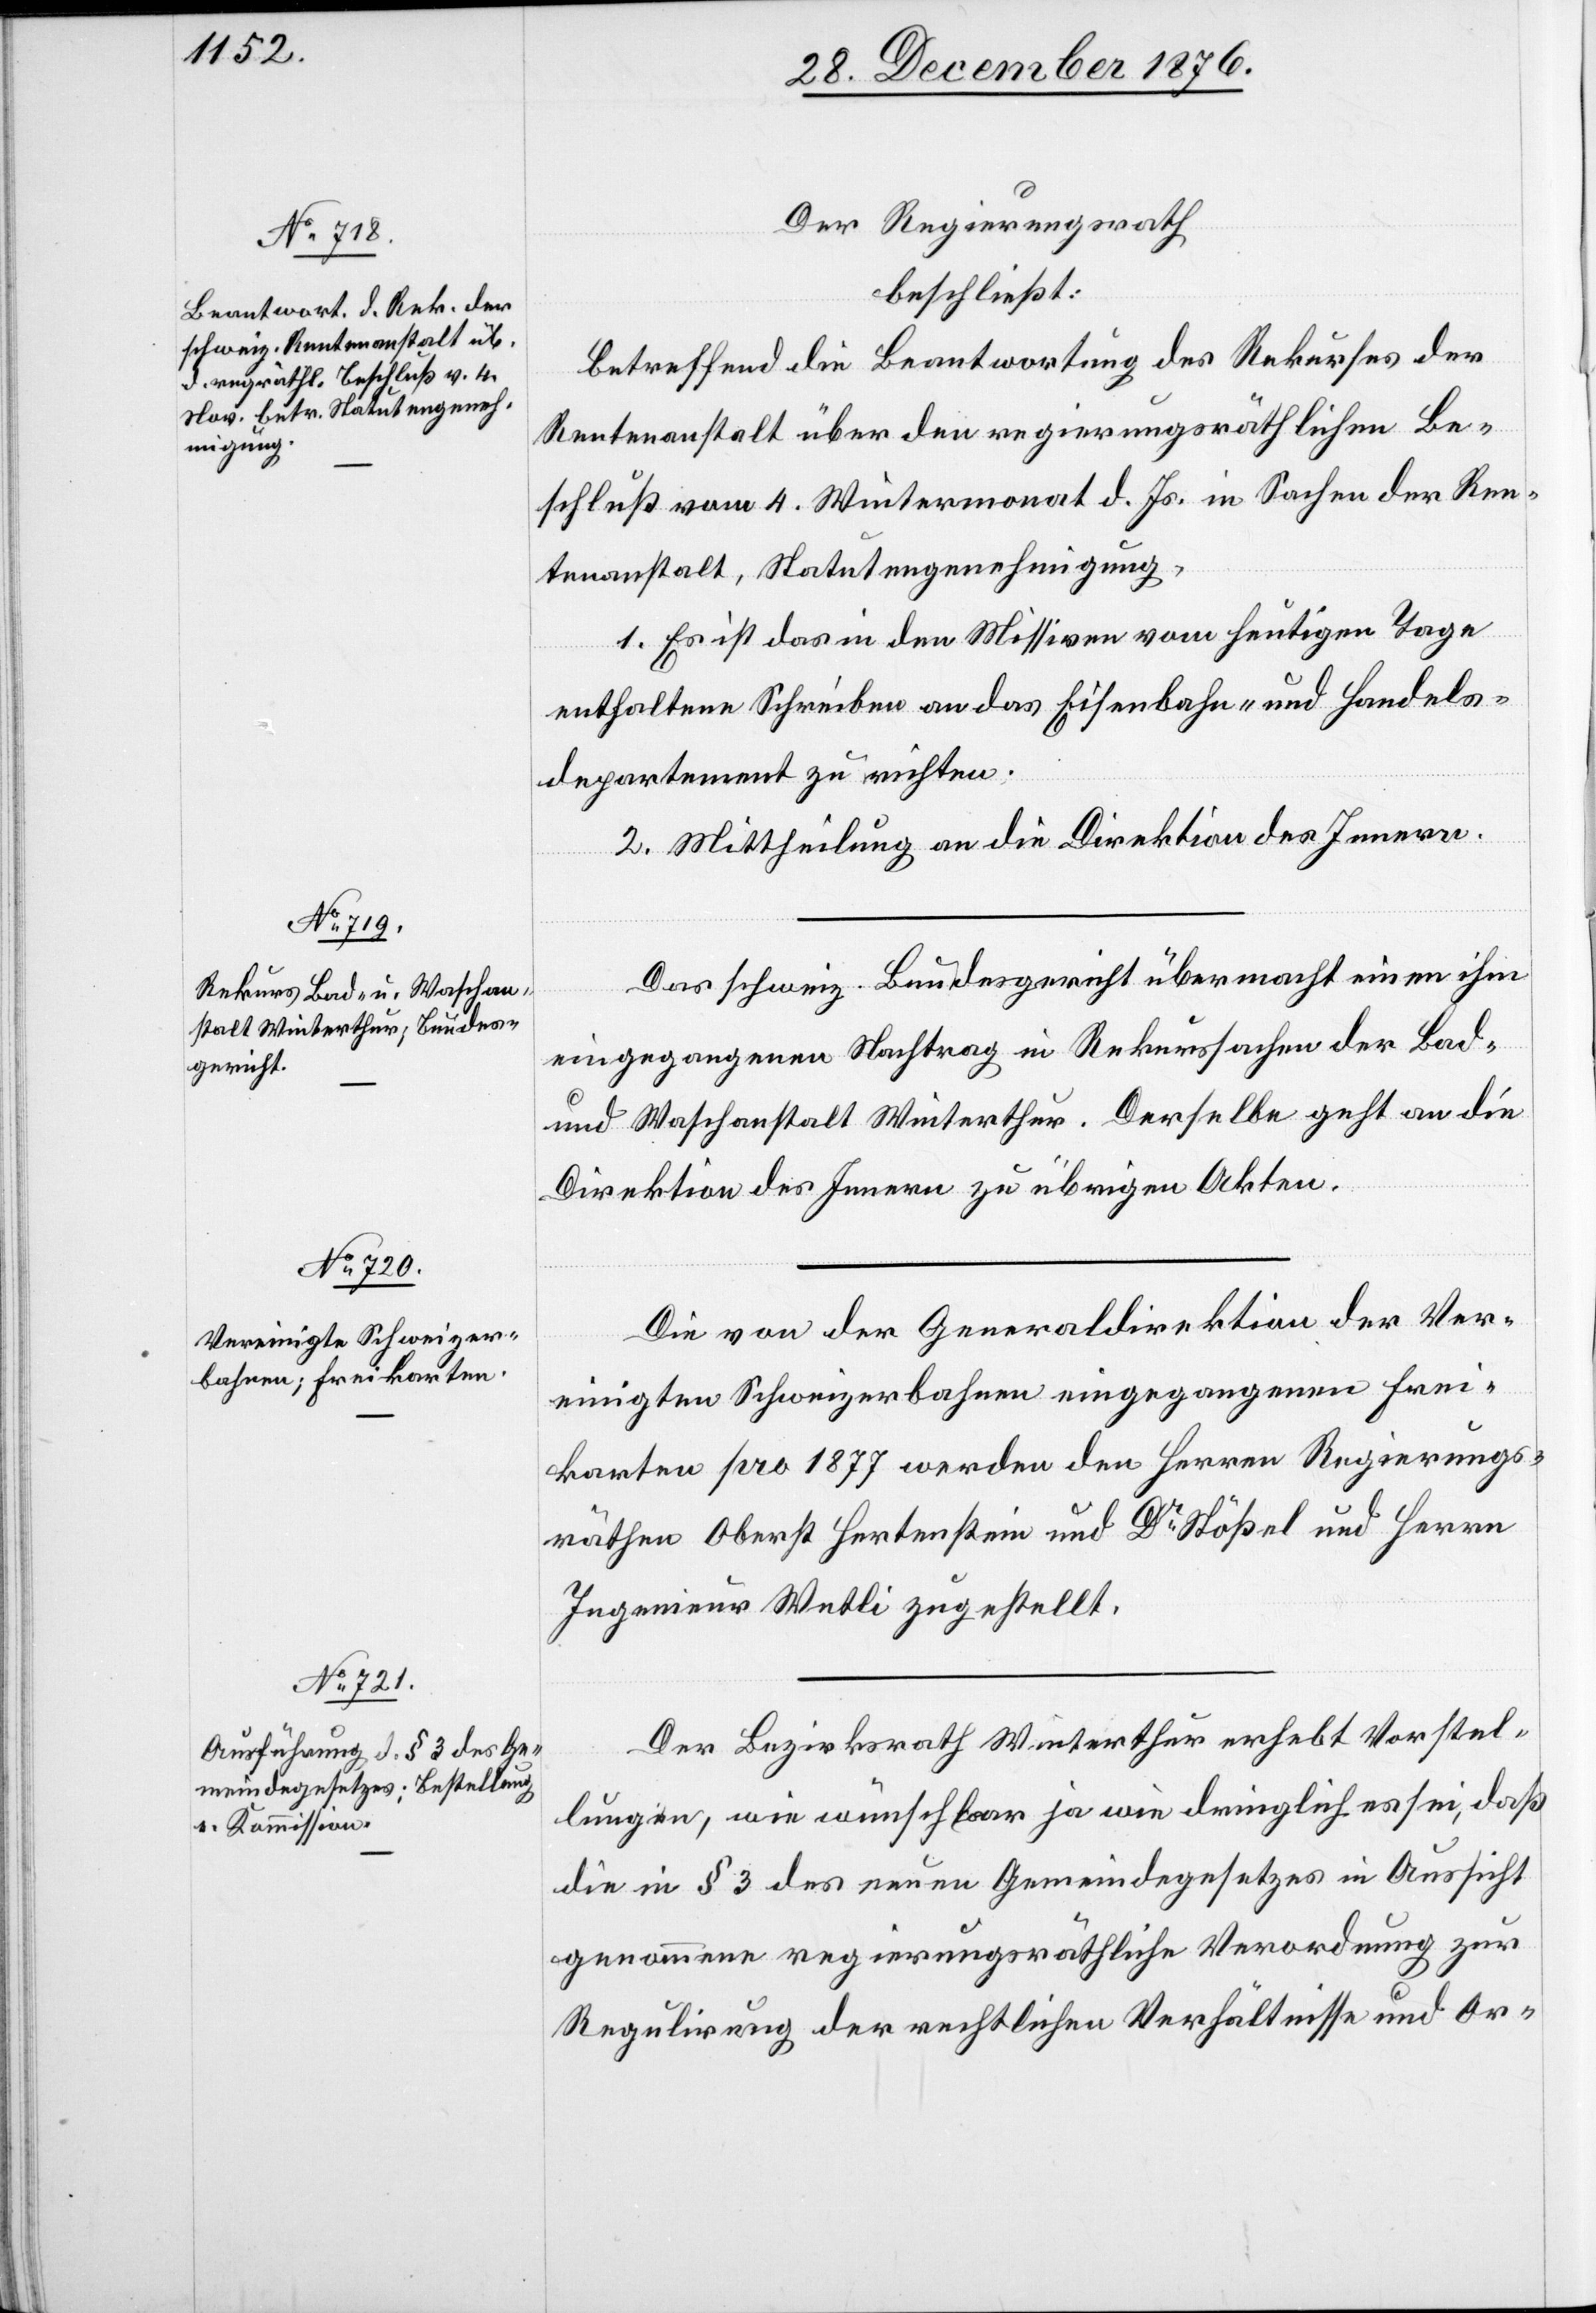
Der Regierungsrath
beschließt:
Betreffend die Beantwortung des Rekurses der
Rentenanstalt über den regierungsräthlichen Be¬
schluß vom 4. Wintermonat d. Js. in Sachen der Ren¬
tenanstalt, Statutengenehmigung:
1. Es ist das in den Missiven vom heutigen Tage
enthaltene Schreiben an den das schweiz. Eisenbahn- und Handels¬
departement zu richten.
2. Mittheilung an die Direktion des Innern.
Das schweiz. Bundesgericht übermacht einen ihm
eingegangenen Nachtrag in Rekurssachen der Bad-u¬
nd Waschanstalt Winterthur. Derselbe geht an die
Direktion des Innern zu [den] übrigen Akten.
Die von der Generaldirektion der Ver¬
einigten Schweizerbahnen eingegangenen Frei¬
karten pro 1877 werden den Herren regierungs¬
räthlichen Oberst Hertenstein und Dr Stößel und Herrn
Ingenieur Wetli zugestellt.
Der Bezirksrath Winterthur erhebt Vorstel¬
lungen, wie wünschbar ja wie dringlich es sei, daß
die in § 3 des neuen Gemeindegesetzes in Aussicht
genommene regierungsräthliche Verordnung zur
Regulirung der rechtlichen Verhältnisse und Or-